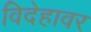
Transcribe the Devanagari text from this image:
विदेहावर